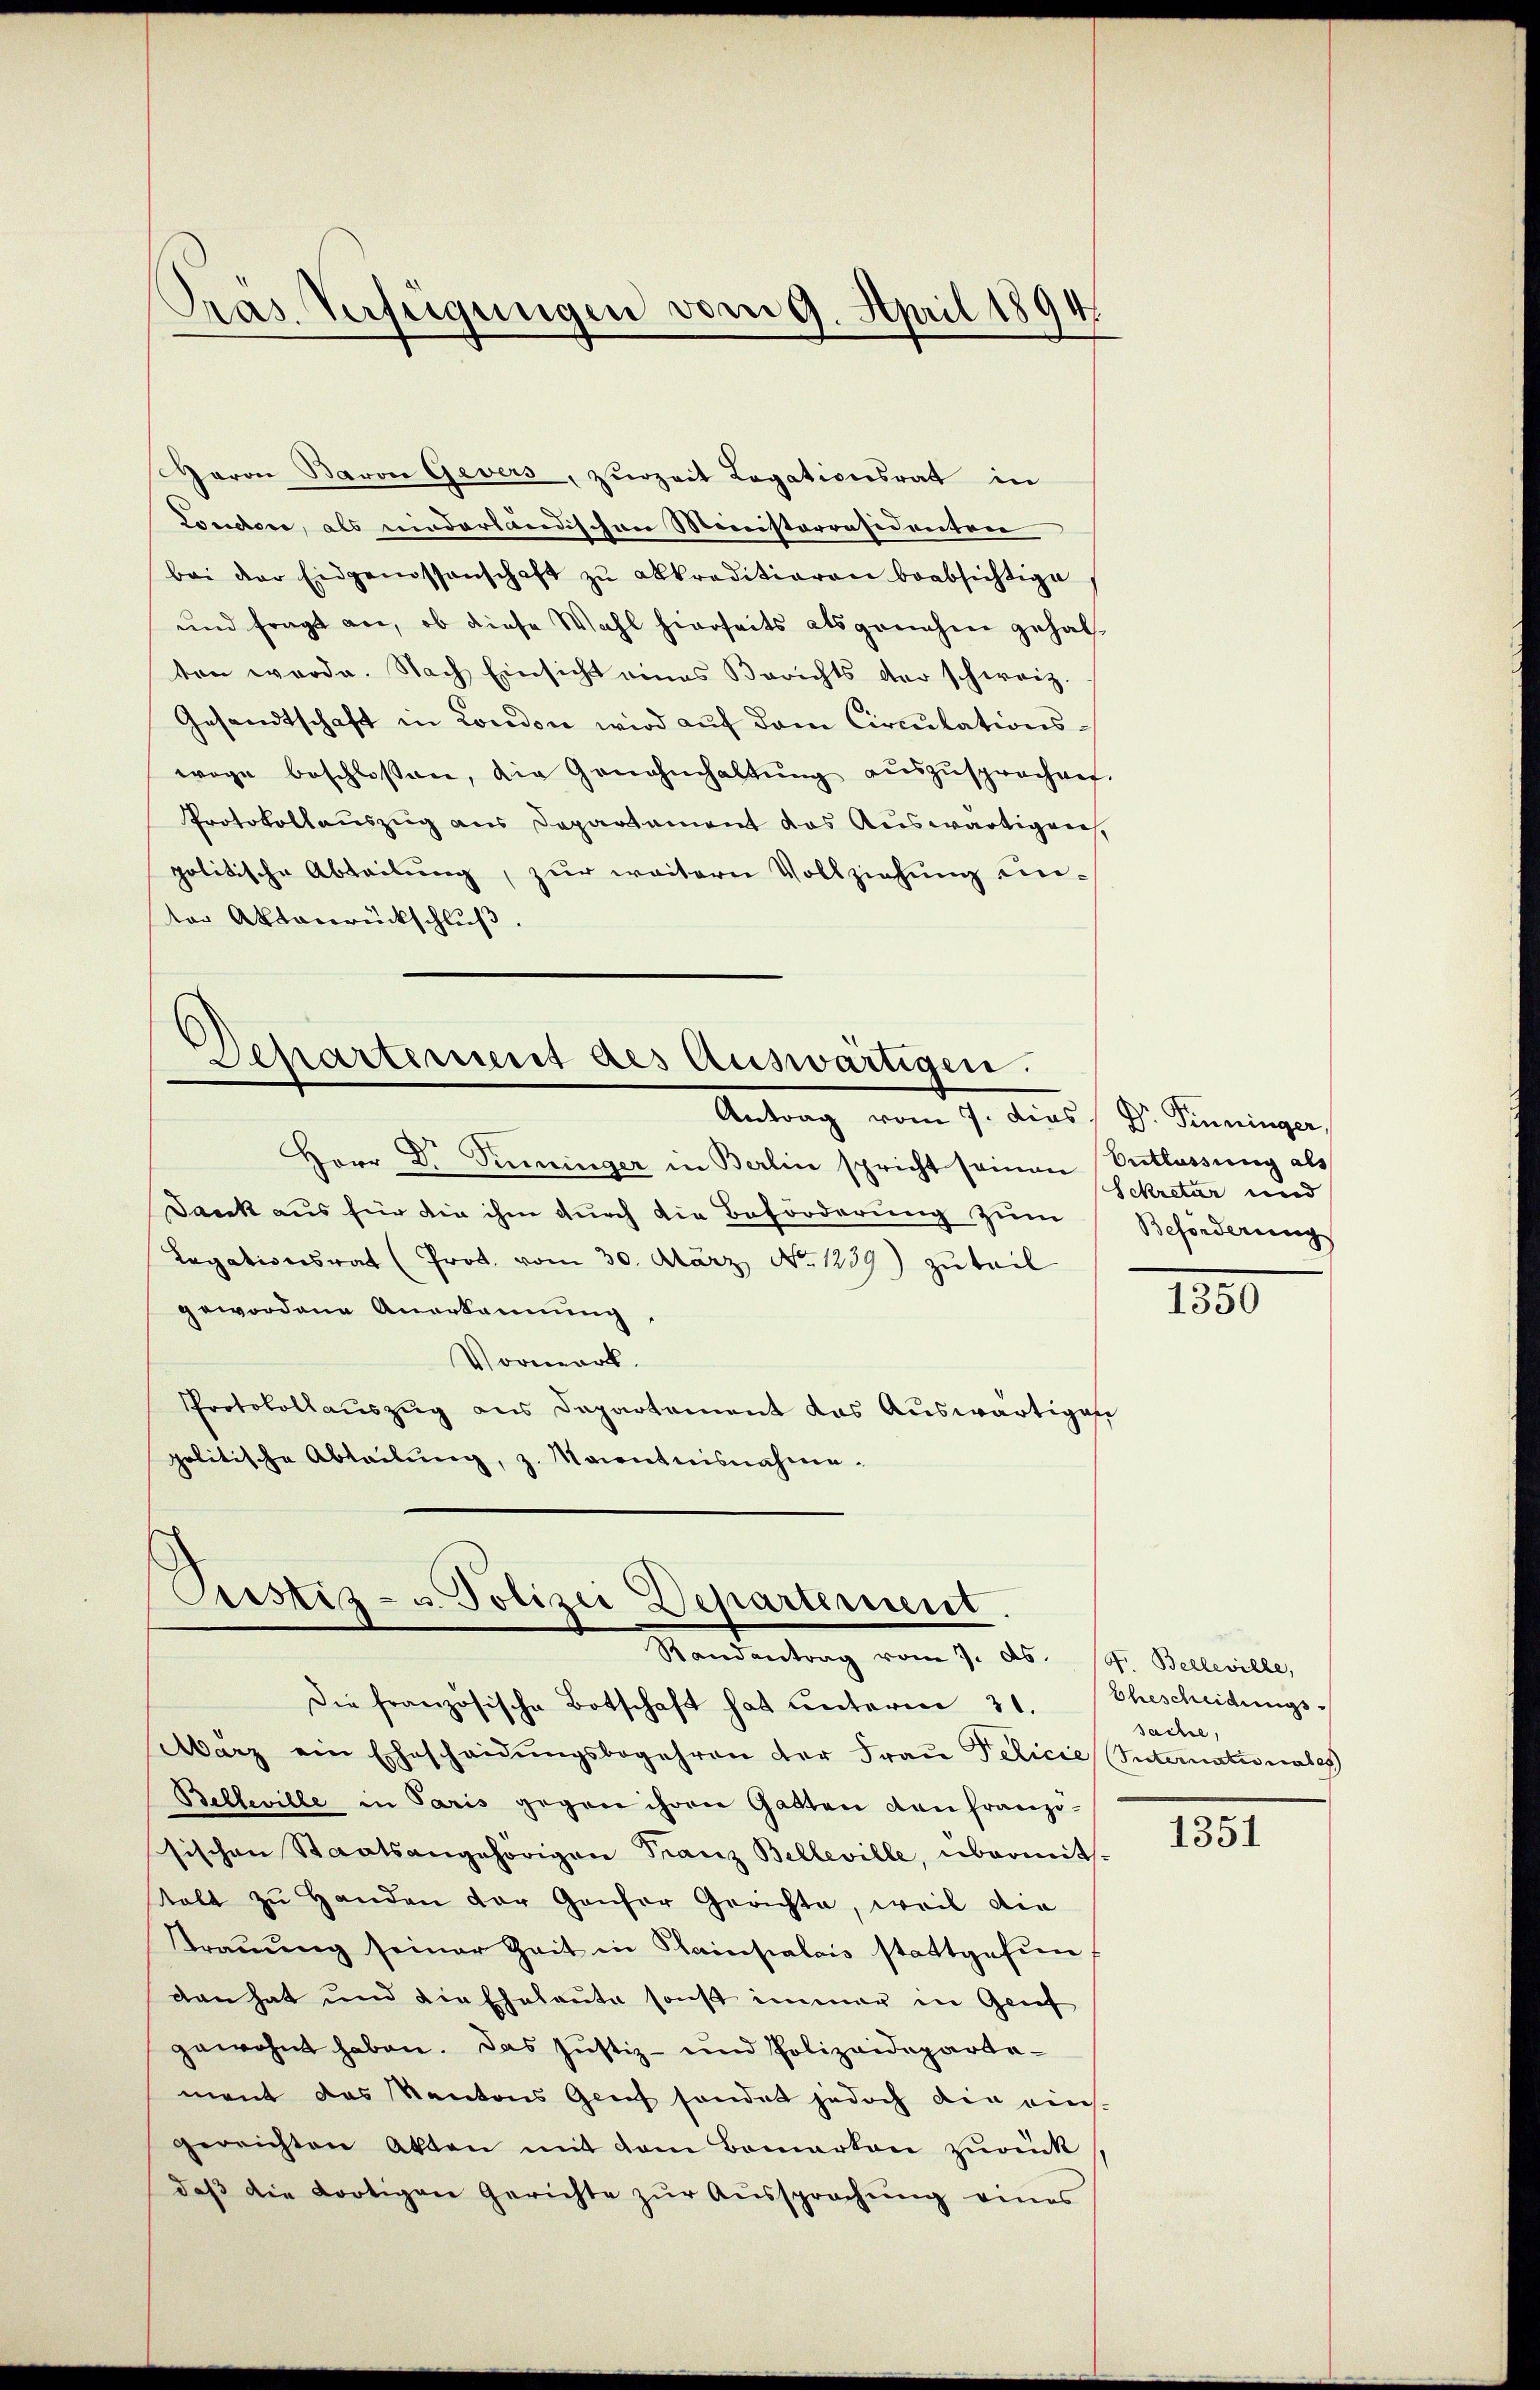
Pras Verfügungen vom 9. April 1894.

Garon Baron Gevers, zurzeit Legationsrat in
Londone, als niederländischen Ministerräsidenten
bei der Eidgenossenschaft zŭ akkraditieren beabsichtige
und fragt an, ob diese Wahl hierseits als genehm gehalten werde. Nach Einsicht eines Berichts der schweiz.
Gesandtschaft in London wird auf dem Circulationswage beschlossen, die Genahmhaltŭng aŭszŭsprochen.
Protokollauszug aus Departement das Auswärtigen,
politische Abteilung, zur weitern Vollziehung unter Aktenrückschluß

Departement des Auswärtigen.
Antrag vom 7. dies / Dr. Finninger,

Herr Dr. Sinninger in Berlin spricht seinen Entlassung als
Danck aus für die ihm durch die Beförderung zum Beforderungs
Legationsrat (Prot. vom 30. März No. 1239) zuteil
gewordene Anerkennung
Vormark.
Protokollauszug aus Departement das Auswärtigen
politische Abteilung, z. Maientnisnahme.

Prustiz- & Polizei Departement.
Randantrag vom 7. ds. 14. Belleville,

Sekretär und

Die französische Botschaft hat unterm 31. Ehescheidungs-
März ein Ehescheidŭngsbegehren der Fraŭ Pelicie Internationales
Belleville in Paris gegen ihren Gatten den franzö-
sischen Staatsangehörigen Franz Belleville, übermitalt zŭ Handen der Genfer Gerichte, weil die
traŭŭng seiner Zeit in Plainpalais stattgefundan hat und die Eheleute sonst immer in Grief
gewohnt haben. Das Justiz- und Polizeidepartement das Kantons Genf sondert jedoch die einsgereichten Akten mit dem Bomarton zŭrück
daβ die Fortigen Gerichte zŭr Aŭssprachŭng eines

1350

sache,

1351